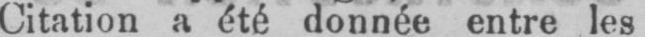
Citation a été donnée entre les